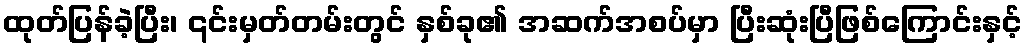
ထုတ်ပြန်ခဲ့ပြီး၊ ၎င်းမှတ်တမ်းတွင် နှစ်ခု၏ အဆက်အစပ်မှာ ပြီးဆုံးပြီဖြစ်ကြောင်းနှင့်